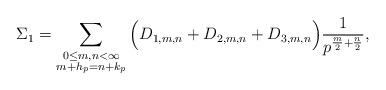
LaTeX: \begin{align*}\Sigma_1 = \sum_{\substack{0\leq m,n<\infty \\ m+h_p= n + k_p } } \Big( D_{1,m,n}+D_{2,m,n} + D_{3,m,n}\Big) \frac{1}{p^{\frac{m}{2}+\frac{n}{2}}},\end{align*}